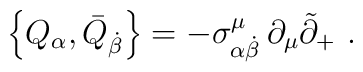
\left\{ Q_\alpha ,\bar{Q}_{\dot{\beta}}\right\} =-\sigma _{\alpha \dot{\beta}}^\mu \,\partial _\mu \tilde{\partial}_{+}\,\,.